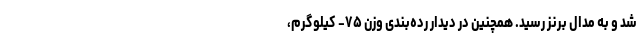
شد و به مدال برنز رسید. همچنین در دیدار رده‌بندی وزن ۷۵- کیلوگرم،